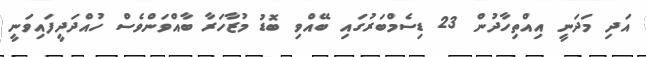
އަދި މަދަނީ އިއްތިހާދުން 23 ޑިސެމްބަރުގައި ބޭއްވި ބޮޑު މުޒާހަރާ ބާއްވަންވެސް ހުއްދަދީފައިވަނީ